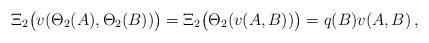
LaTeX: \begin{align*} \Xi_2\big(v(\Theta_2(A),\Theta_2(B))\big) = \Xi_2\big(\Theta_2(v(A,B))\big) = q(B) v(A,B) \,, \end{align*}